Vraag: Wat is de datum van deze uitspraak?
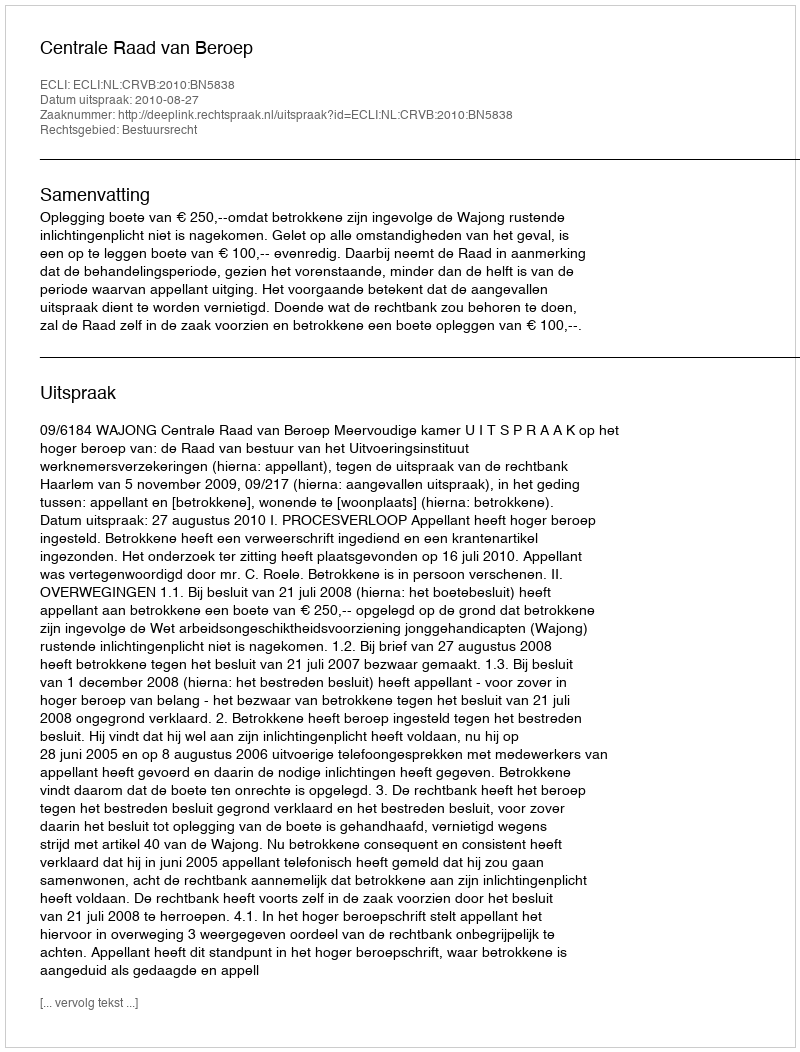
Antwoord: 2010-08-27